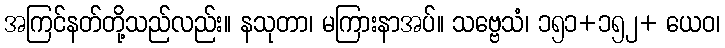
အကြင်နတ်တို့သည်လည်း။ နသုတာ၊ မကြားနာအပ်။ သဗ္ဗေသံ၊ ၁၅၁+၁၅၂+ ယေဝ၊